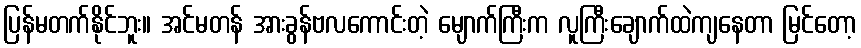
ပြန်မတက်နိုင်ဘူး။ အင်မတန် အားခွန်ဗလကောင်းတဲ့ မျောက်ကြီးက လူကြီးချောက်ထဲကျနေတာ မြင်တော့